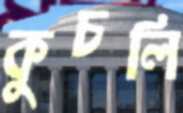
কুচলি